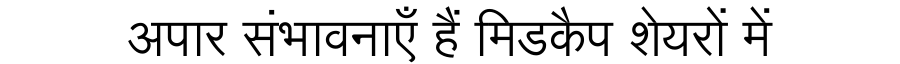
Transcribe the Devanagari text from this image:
अपार संभावनाएँ हैं मिडकैप शेयरों में